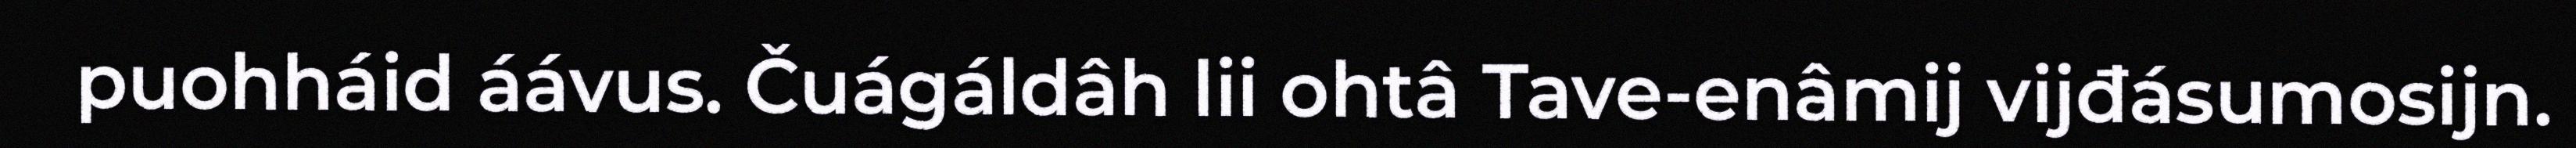
puohháid áávus. Čuágáldâh lii ohtâ Tave-enâmij vijđásumosijn.